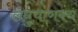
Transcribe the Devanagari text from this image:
लघुचाणक्य